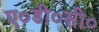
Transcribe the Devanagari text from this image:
ए०डी०सी०